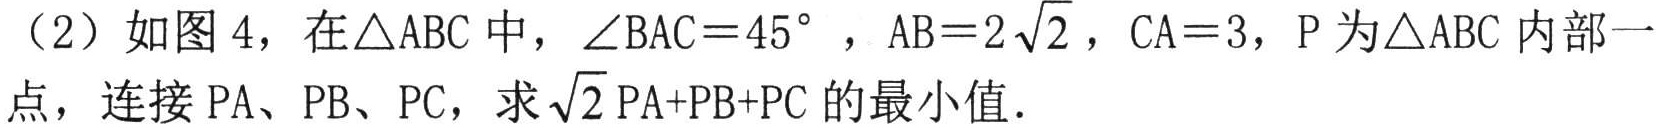
（2）如图4，在$\triangle ABC$中，$\angle BAC = 45^{\circ}$，$AB = 2\sqrt{2}$，$CA = 3$，$P$为$\triangle ABC$内部一点，连接$PA$、$PB$、$PC$，求$\sqrt{2}PA + PB + PC$的最小值.